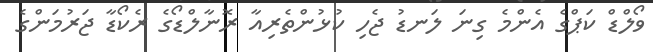
ވޯލްޑް ކަޕްގެ އެންމެ ގިނަ ލަނޑު ޖެހި ކުޅުންތެރިއާ ރޮނާލްޑޯގެ ރެކޯޑާ ޖަރުމަންގެ